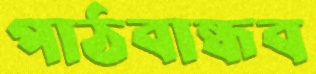
পাঠবান্ধব